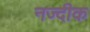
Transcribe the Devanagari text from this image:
नज्दीक